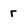
Character: r